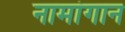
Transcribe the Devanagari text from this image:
नामांगान